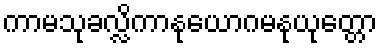
ကာမသုခလ္လိကာနုယောဂမနုယုတ္တော